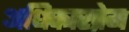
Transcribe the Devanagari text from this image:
अधिकारप्रेम